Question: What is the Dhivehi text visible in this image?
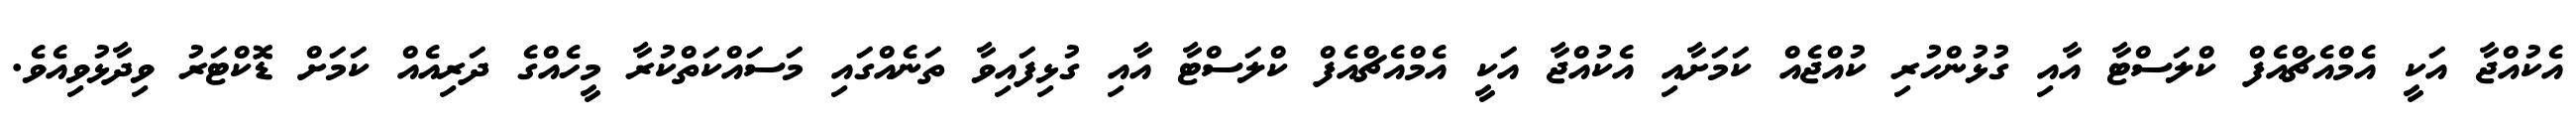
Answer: އެކުއްޖާ އަކީ އެމްއެޗްއެފް ކްލަސްޓާ އާއި ގުޅުންހުރި ކުއްޖެއް ކަމަށާއި އެކުއްޖާ އަކީ އެމްއެޗްއެފް ކްލަސްޓާ އާއި ގުޅިފައިވާ ތަނެއްގައި މަސައްކަތްކުރާ މީހެއްގެ ދަރިއެއް ކަމަށް ޑޮކްޓަރު ވިދާޅުވިއެވެ.